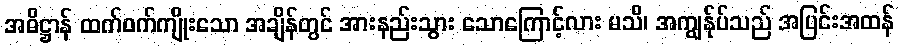
အဓိဋ္ဌာန် ထက်ဝက်ကျိုးသော အချိန်တွင် အားနည်းသွား သောကြောင့်လား မသိ၊ အကျွန်ုပ်သည် အပြင်းအထန်